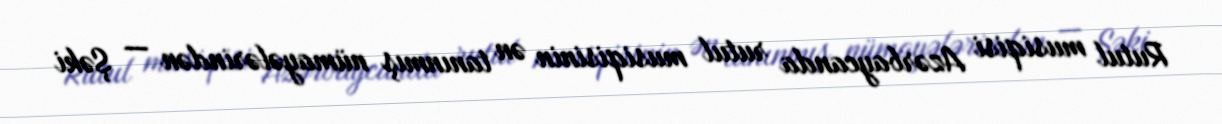
Rutul musiqisi Azərbaycanda rutul musiqisinin ən tanınmış nümayələrindən — Şəki